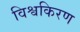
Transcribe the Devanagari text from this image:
विश्वकिरण